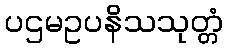
ပဌမဥပနိသသုတ္တံ